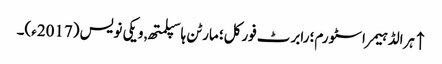
↑ ہرالڈ ہیمر اسٹورم؛ رابرٹ فورکل؛ مارٹن ہاسپلمتھ, ویکی نویس (2017ء)۔